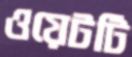
ওয়েটটি